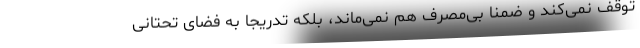
توقف نمی‌کند و ضمناً بی‌مصرف هم نمی‌ماند، بلکه تدریجاً به فضای تحتانی